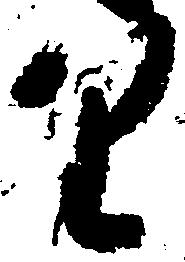
り